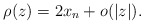
\begin{align*}\rho(z)=2x_n + o(|z|) .\end{align*}